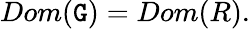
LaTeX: Dom(\mathtt{G})=Dom(R).